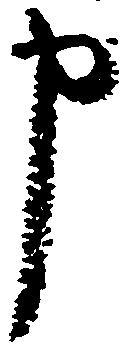
申